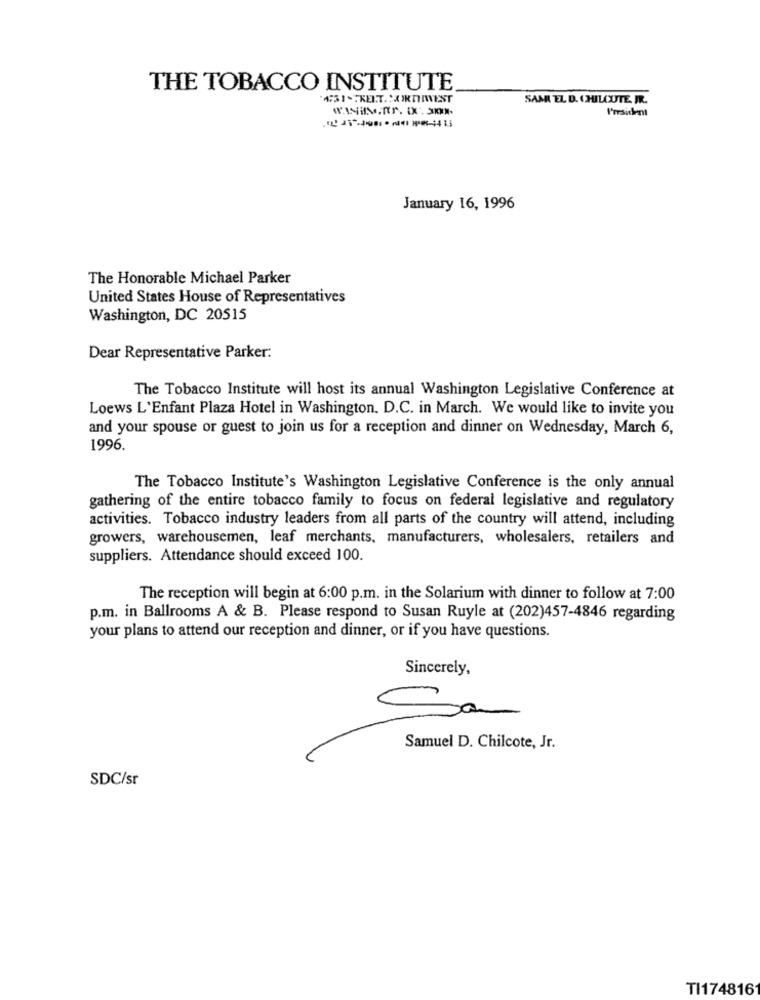
THE TOBACCO INSTITUTE
SAMI EL D. CHILCUTE. FR.
I'resident
January 16, 1996
The Honorable Michael Parker
United States House of Representatives
Washington, DC 20515
Dear Representative Parker:
The Tobacco Institute will host its annual Washington Legislative Conference at
Loews L'Enfant Plaza Hotel in Washington. D.C. in March. We would like to invite you
and your spouse or guest to join us for a reception and dinner on Wednesday, March 6,
1996.
The Tobacco Institute's Washington Legislative Conference is the only annual
gathering of the entire tobacco family to focus on federal legislative and regulatory
activities. Tobacco industry leaders from all parts of the country will attend, including
growers, warehousemen, leaf merchants, manufacturers, wholesalers, retailers and
suppliers. Attendance should exceed 100.
The reception will begin at 6:00 p.m. in the Solarium with dinner to follow at 7:00
p.m. in Ballrooms A & B. Please respond to Susan Ruyle at (202)457-4846 regarding
your plans to attend our reception and dinner, or if you have questions.
Sincerely,
Sa
Samuel D. Chilcote, Jr.
SDC/sr
TI174816